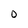
Character: O